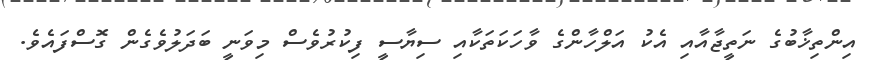
އިންތިޚާބުގެ ނަތީޖާއާއި އެކު އަލްހާންގެ ވާހަކަތަކާއި ސިޔާސީ ފިކުރުވެސް މިވަނީ ބަދަލުވެގެން ގޮސްފައެވެ.